255_413270_UFO's_and_Defense_What_Should_we_Prepare_For
Agency: NASA
Page 55
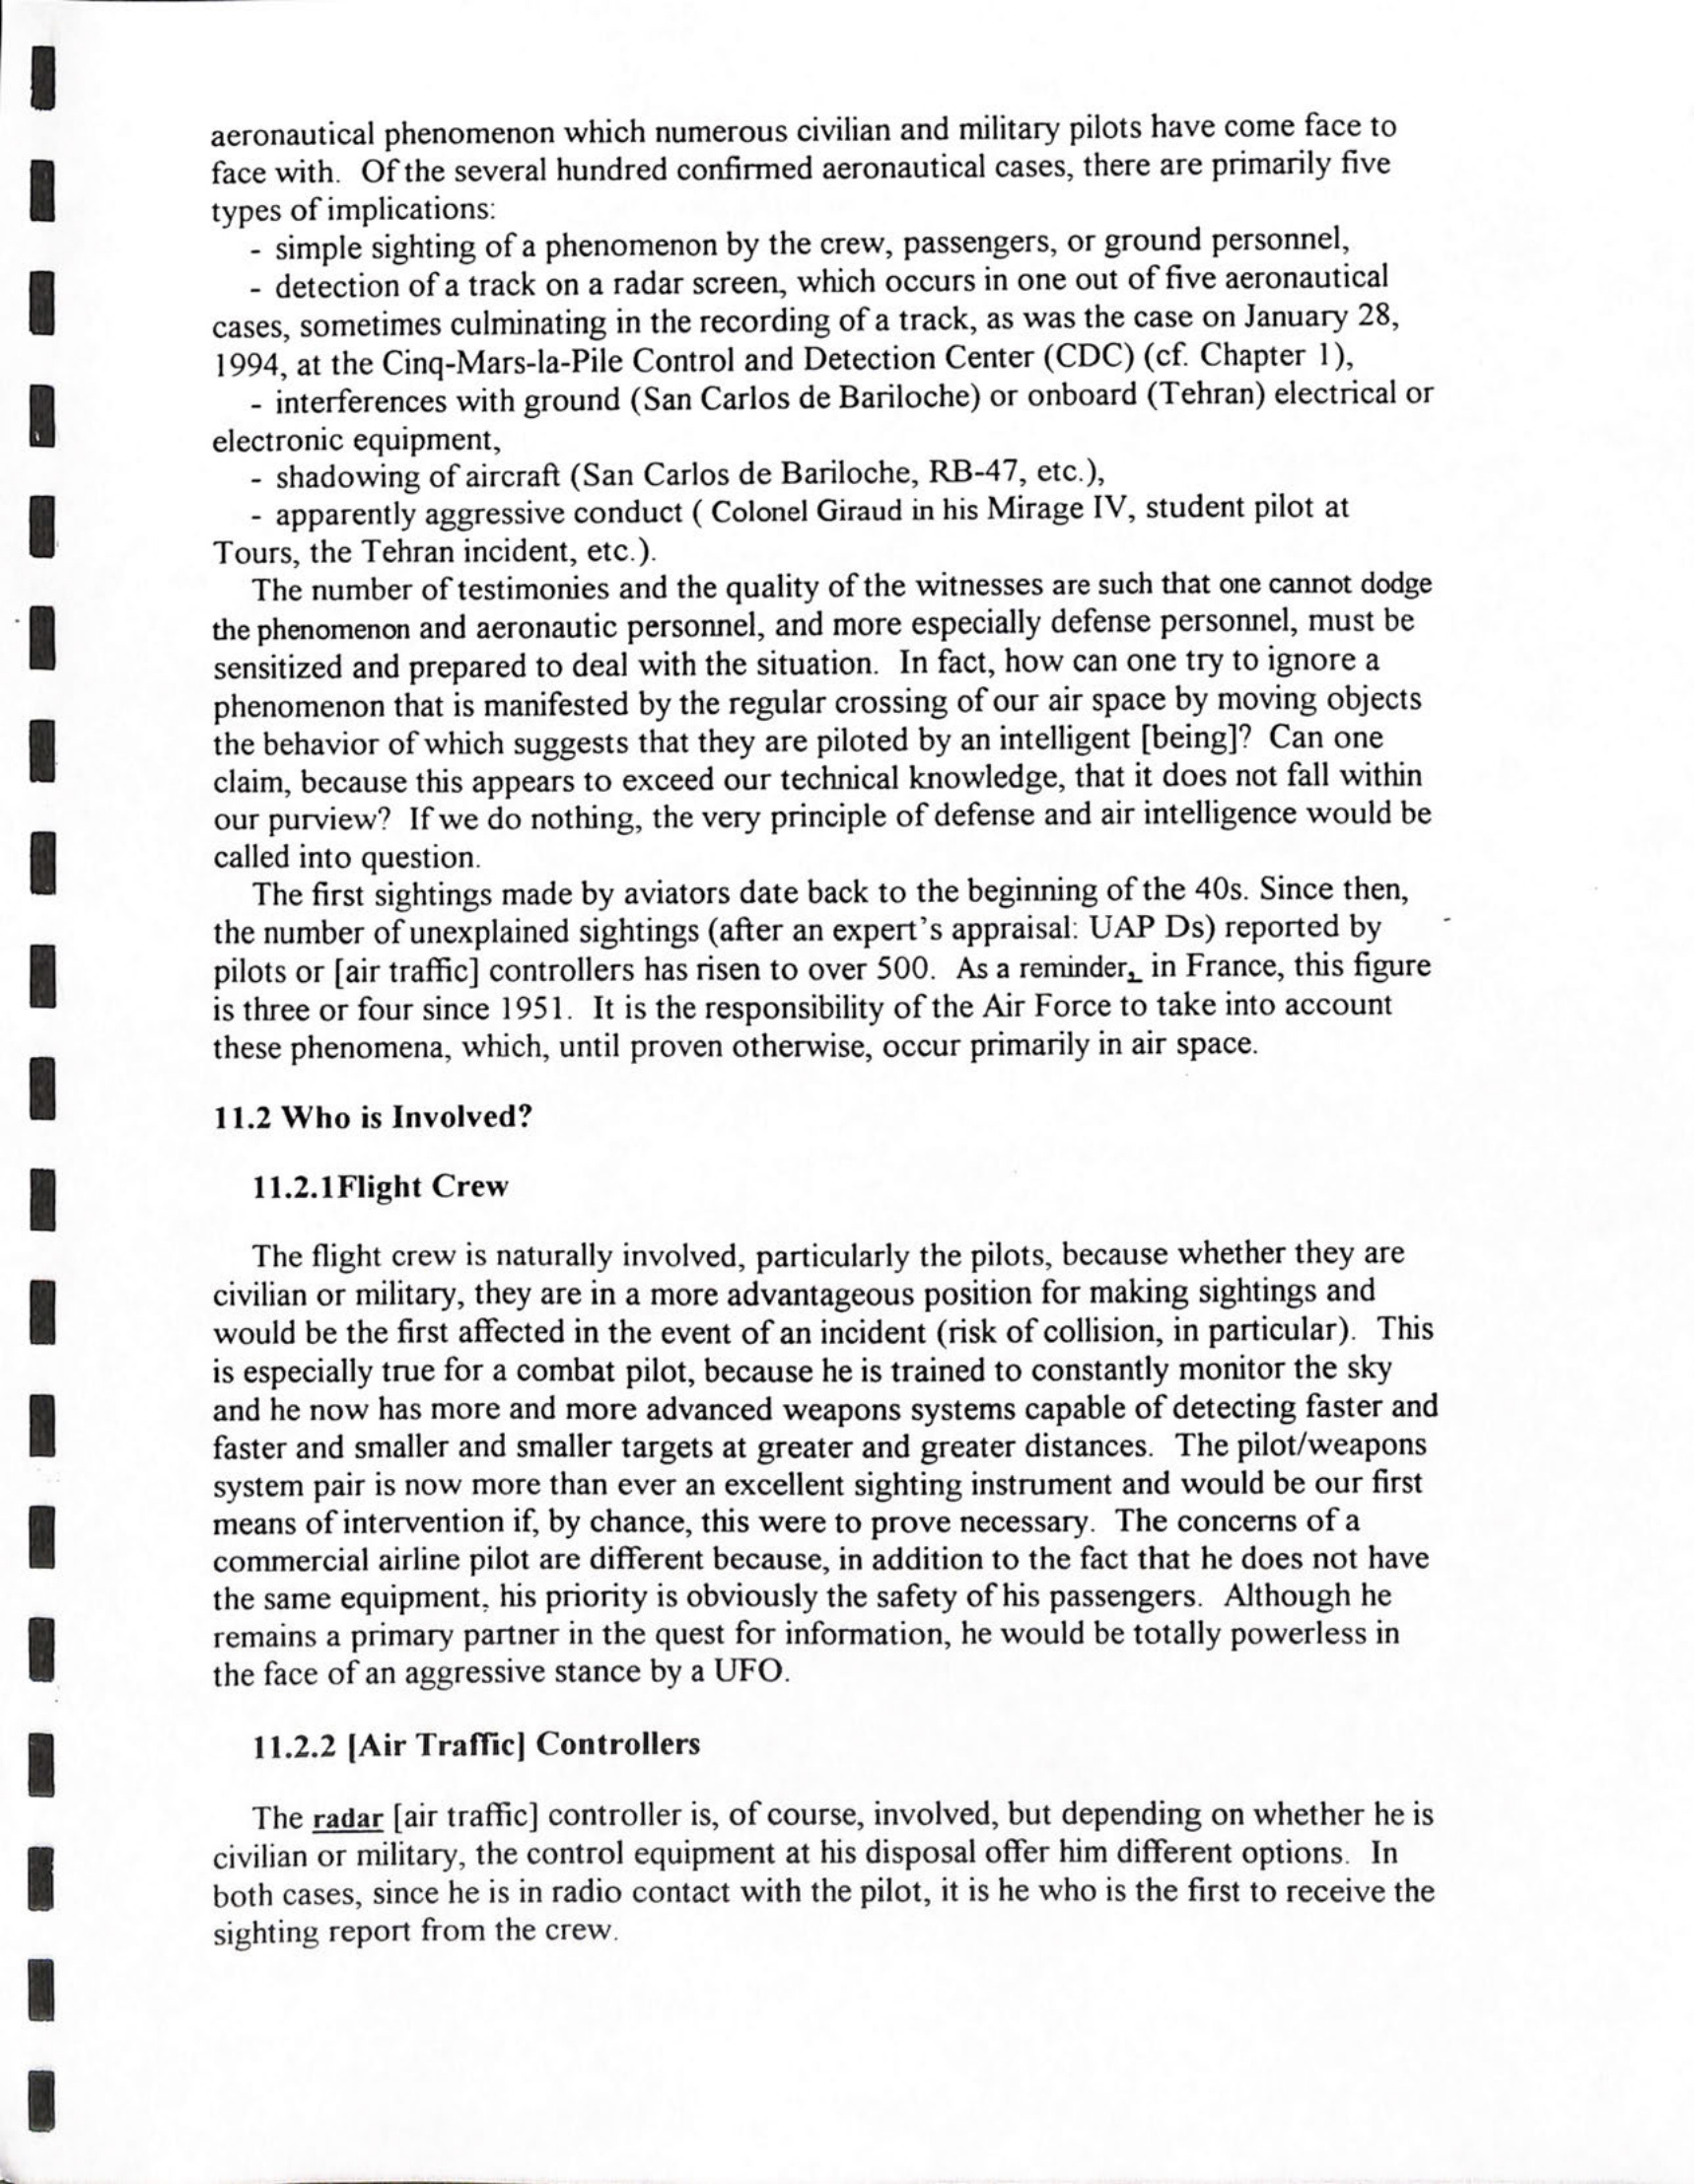